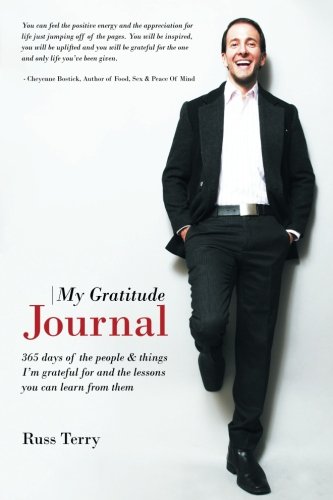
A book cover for My Gratitude Journal: 365 days of the people & things I'm grateful for and the lessons you can learn from them; Russ Terry; Self-Help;